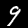
Digit: 9